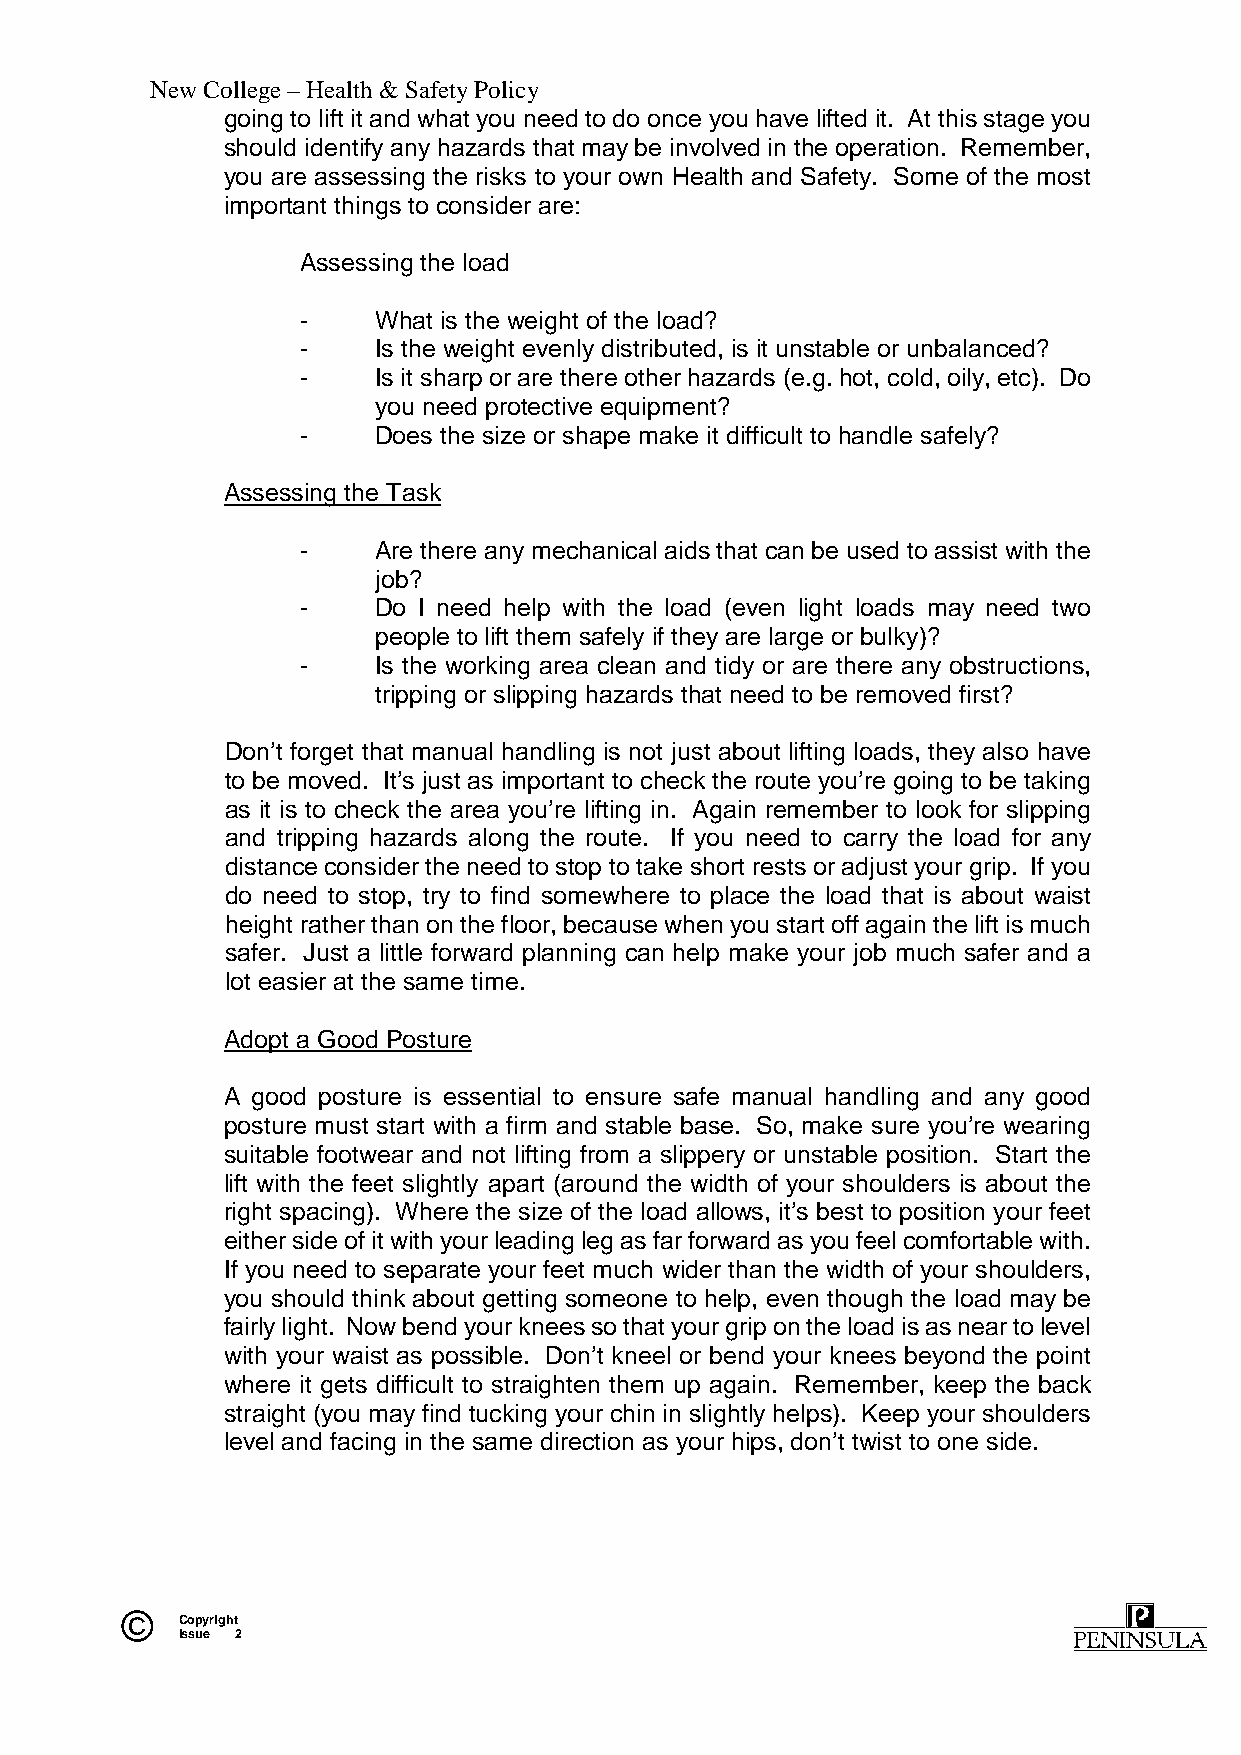
New College – Health & Safety Policy
 going to lift it and what you need to do once you have lifted it. At this stage you
 should identify any hazards that may be involved in the operation. Remember,
 you are assessing the risks to your own Health and Safety. Some of the most
 important things to consider are:
 Assessing the load
 -    What is the weight of the load?
 -    Is the weight evenly distributed, is it unstable or unbalanced?
 -    Is it sharp or are there other hazards (e.g. hot, cold, oily, etc). Do
 you need protective equipment?
 -    Does the size or shape make it difficult to handle safely?
 Assessing the Task
 -    Are there any mechanical aids that can be used to assist with the
 job?
 -    Do I need help with the load (even light loads may need two
 people to lift them safely if they are large or bulky)?
 -    Is the working area clean and tidy or are there any obstructions,
 tripping or slipping hazards that need to be removed first?
 Don’t forget that manual handling is not just about lifting loads, they also have
 to be moved. It’s just as important to check the route you’re going to be taking
 as it is to check the area you’re lifting in. Again remember to look for slipping
 and tripping hazards along the route. If you need to carry the load for any
 distance consider the need to stop to take short rests or adjust your grip. If you
 do need to stop, try to find somewhere to place the load that is about waist
 height rather than on the floor, because when you start off again the lift is much
 safer. Just a little forward planning can help make your job much safer and a
 lot easier at the same time.
 Adopt a Good Posture
 A good posture is essential to ensure safe manual handling and any good
 posture must start with a firm and stable base. So, make sure you’re wearing
 suitable footwear and not lifting from a slippery or unstable position. Start the
 lift with the feet slightly apart (around the width of your shoulders is about the
 right spacing). Where the size of the load allows, it’s best to position your feet
 either side of it with your leading leg as far forward as you feel comfortable with.
 If you need to separate your feet much wider than the width of your shoulders,
 you should think about getting someone to help, even though the load may be
 fairly light. Now bend your knees so that your grip on the load is as near to level
 with your waist as possible. Don’t kneel or bend your knees beyond the point
 where it gets difficult to straighten them up again. Remember, keep the back
 straight (you may find tucking your chin in slightly helps). Keep your shoulders
 level and facing in the same direction as your hips, don’t twist to one side.
 ©   Copyright
 Issue 2